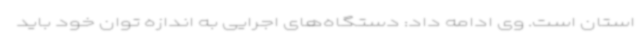
استان است. وی ادامه داد: دستگاه‌های اجرایی به اندازه توان خود باید